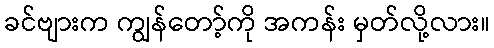
ခင်ဗျားက ကျွန်တော့်ကို အကန်း မှတ်လို့လား။